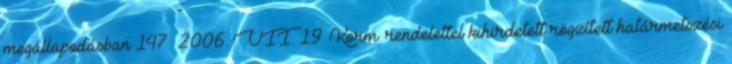
megállapodásban 147 2006. VII. 19. Korm. rendelettel kihirdetett rögzített határmetszési